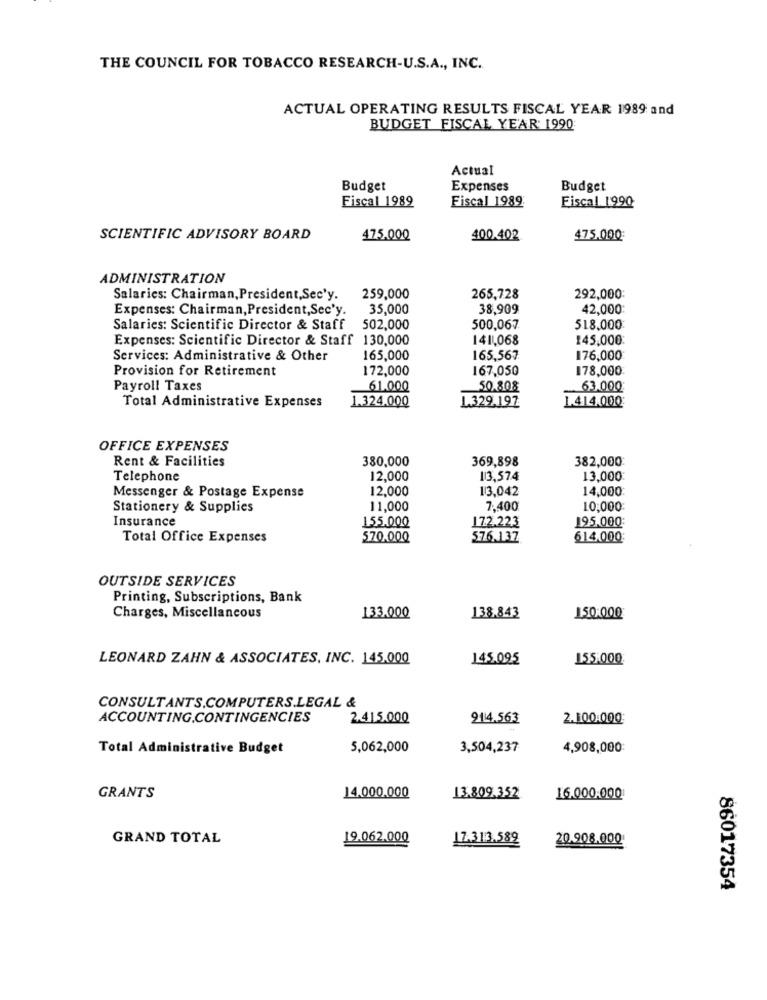
THE COUNCIL FOR TOBACCO RESEARCH-U.S.A ., INC.
ACTUAL OPERATING RESULTS FISCAL YEAR 1989 and
BUDGET FISCAL YEAR 1990
Actual
Budget
Expenses
Budget
Fiscal 1989
Fiscal 1989:
Fiscal 1990
SCIENTIFIC ADVISORY BOARD
475.000
400.402
475.000
ADMINISTRATION
Salaries: Chairman, President,Sec'y.
259,000
265,728
292,000:
Expenses: Chairman, President, Sec'y.
35,000
38,909
42,000:
Salaries: Scientific Director & Staff 502,000
500,067
518,000:
Expenses: Scientific Director & Staff 130,000
1411068
145,000:
Services: Administrative & Other
165,000
165,567
176,000
Provision for Retirement
172,000
167,050
178,000
Payroll Taxes
61.000
50.80%
63.000
Total Administrative Expenses
1.324.000
1.329.197
1.414.000
OFFICE EXPENSES
Rent & Facilities
380,000
369,898
382,000
Telephone
12,000
13,574
13,000
12,000
13,042
14,000
Messenger & Postage Expense
Stationery & Supplies
11,000
7,400
10,000
Insurance
155.000
172.223
195.000
Total Office Expenses
570.000
576.137
614,000
OUTSIDE SERVICES
Printing, Subscriptions, Bank
Charges, Miscellaneous
133.000
138.843
150.000
LEONARD ZAHN & ASSOCIATES, INC. 145.000
145.095
155.000
CONSULTANTS.COMPUTERS.LEGAL &
ACCOUNTING.CONTINGENCIES
2.415.000
914.563
2.100.000
Total Administrative Budget
5,062,000
3,504,237
4,908,000:
GRANTS
14.000.000
13.809.352
16.000.000
GRAND TOTAL
19.062.000
17.313.589
20.908.000
86017354